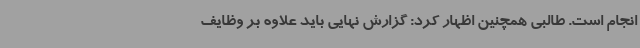
انجام است. طالبی همچنین اظهار کرد: گزارش نهایی باید علاوه بر وظایف